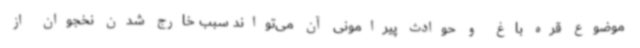
موضوع قره باغ و حوادث پیرامونی آن می‌تواند سبب خارج شدن نخجوان از